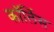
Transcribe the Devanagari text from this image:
कॉर्लिस